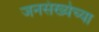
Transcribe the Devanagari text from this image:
जनसंख्येच्या